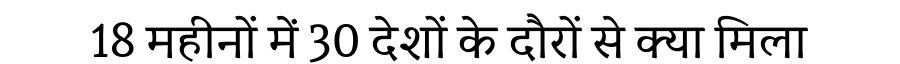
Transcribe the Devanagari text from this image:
18 महीनों में 30 देशों के दौरों से क्या मिला